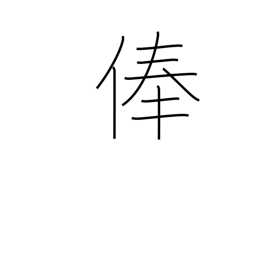
Meaning: stipend